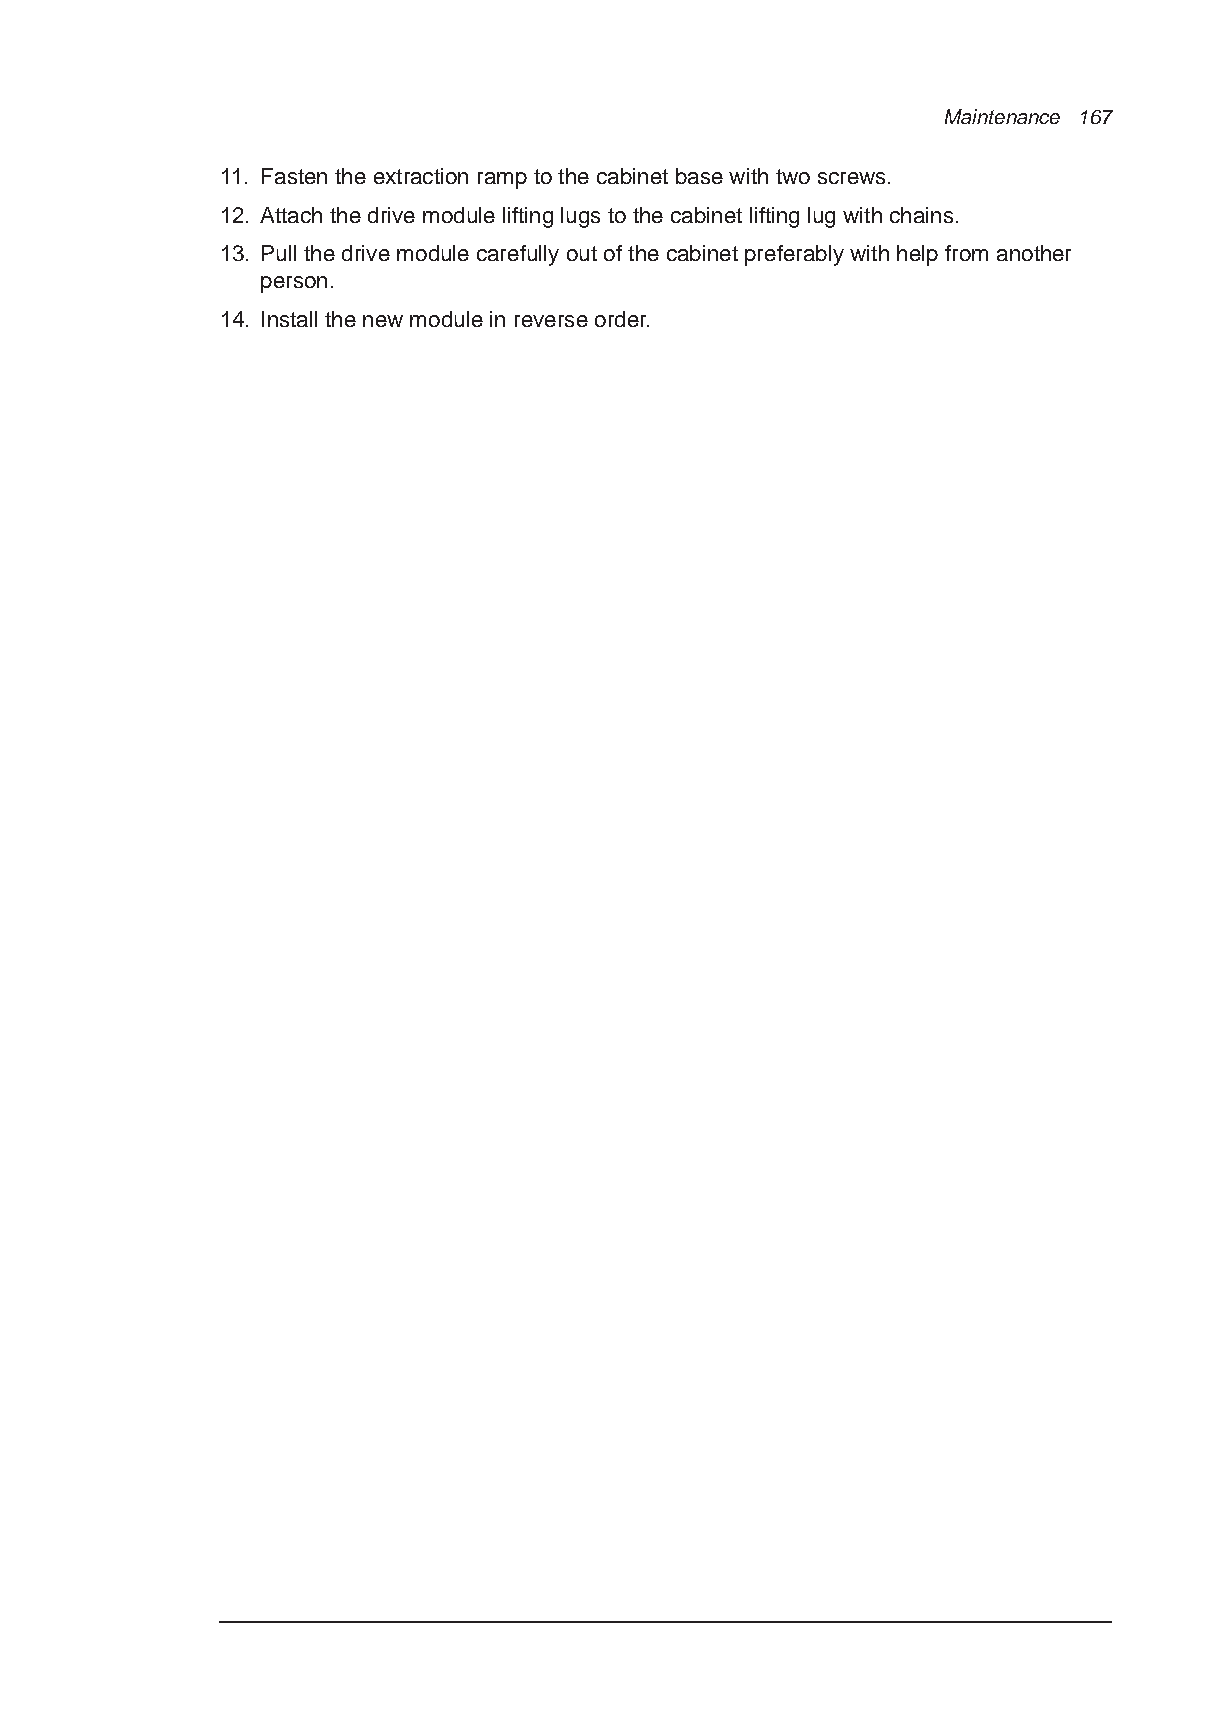
Maintenance 167
 11. Fasten the extraction ramp to the cabinet base with two screws.
 12. Attach the drive module lifting lugs to the cabinet lifting lug with chains.
 13. Pull the drive module carefully out of the cabinet preferably with help from another
 person.
 14. Install the new module in reverse order.